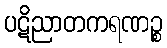
ပဋိညာတကရဏဉ္စ